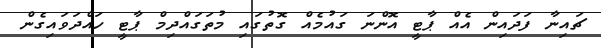
ޗައިނާ ފަދައިން އެއް ޕާޓީ އޮންނަ ގައުމެއް ގޮތުގައި މުތަގައްދިމް ޕާޓީ ހައްދަވައިގެން